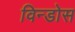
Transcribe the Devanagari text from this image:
विन्डोस